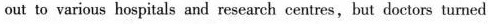
out to various hospitals and research centres, but doctors turned